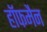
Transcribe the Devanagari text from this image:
हाॅफमैन